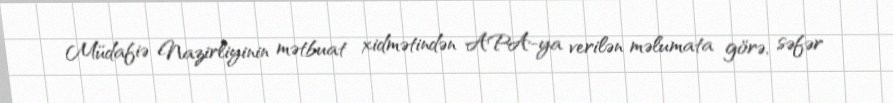
Müdafiə Nazirliyinin mətbuat xidmətindən APA-ya verilən məlumata görə, səfər